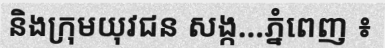
និងក្រុមយុវជន សង្ក...ភ្នំពេញ ៖